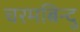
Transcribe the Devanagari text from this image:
चरमबिन्दु